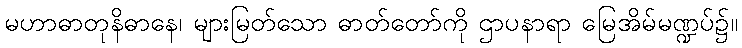
မဟာဓာတုနိဓာနေ၊ များမြတ်သော ဓာတ်တော်ကို ဌာပနာရာ မြေအိမ်မဏ္ဍပ်၌။